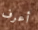
أعرف